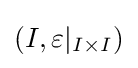
(I,\varepsilon |_{I\times I})